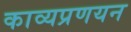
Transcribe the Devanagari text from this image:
काव्यप्रणयन